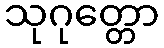
သုဂုတ္တော